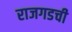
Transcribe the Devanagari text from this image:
राजगडची